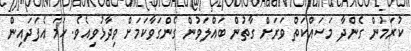
ކުރަމުން ގެންދާ މަސައްކަތް ވަރަށް ގާތުން ބައްލަވުން ގެންގަވާކަމަށް ވިދާޅުވިއެވެ. ހަމަ އެފަދައިން